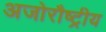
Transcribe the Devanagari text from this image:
अजोरौष्ट्रीय